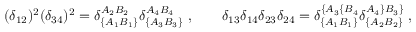
( \delta _ { 1 2 } ) ^ { 2 } ( \delta _ { 3 4 } ) ^ { 2 } = \delta _ { \{ A _ { 1 } B _ { 1 } \} } ^ { A _ { 2 } B _ { 2 } } \delta _ { \{ A _ { 3 } B _ { 3 } \} } ^ { A _ { 4 } B _ { 4 } } \; , \qquad \delta _ { 1 3 } \delta _ { 1 4 } \delta _ { 2 3 } \delta _ { 2 4 } = \delta _ { \{ A _ { 1 } B _ { 1 } \} } ^ { \{ A _ { 3 } \{ B _ { 4 } } \delta _ { \{ A _ { 2 } B _ { 2 } \} } ^ { A _ { 4 } \} B _ { 3 } \} } \; ,